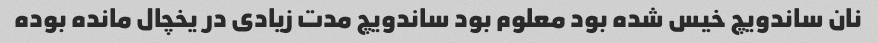
نان ساندویچ خیس شده بود معلوم بود ساندویچ مدت زیادی در یخچال مانده بوده